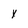
Character: y